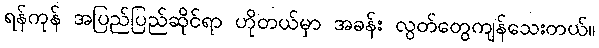
ရန်ကုန် အပြည်ပြည်ဆိုင်ရာ ဟိုတယ်မှာ အခန်း လွတ်တွေကျန်သေးတယ်။